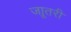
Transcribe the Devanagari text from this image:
जाूतरी